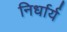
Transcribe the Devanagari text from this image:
निर्धार्य